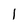
Character: l